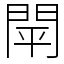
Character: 閛